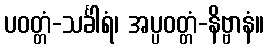
ပဝတ္တံ-သင်္ခါရံ၊ အပ္ပဝတ္တံ-နိဗ္ဗာနံ။